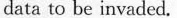
data to be invaded.